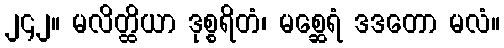
၂၄၂။ မလိတ္ထိယာ ဒုစ္စရိတံ၊ မစ္ဆေရံ ဒဒတော မလံ။